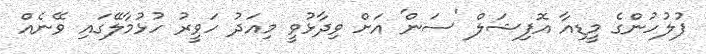
ފުލުހުންގެ މީޑިއާ އޮފިޝަލް 'ސަން' އަށް ވިދާޅުވީ މިއަދު ހަވީރު ހުޅުމާލޭގައި ވޭނެއް